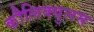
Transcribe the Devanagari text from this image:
कौलिक्युलस